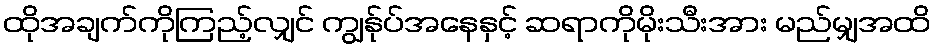
ထိုအချက်ကိုကြည့်လျှင် ကျွန်ုပ်အနေနှင့် ဆရာကိုမိုးသီးအား မည်မျှအထိ